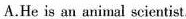
A.He is an animal scicntist.